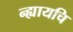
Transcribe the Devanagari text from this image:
न्ह्यायचि